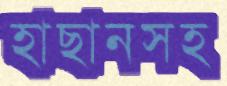
হাছানসহ